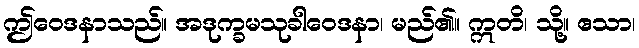
ဤဝေဒနာသည်။ အဒုက္ခမသုခါဝေဒနာ၊ မည်၏။ ဣတိ၊ သို့။ ဧသာ၊